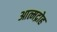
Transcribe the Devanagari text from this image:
आत्मद्रोह